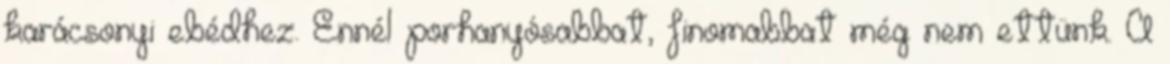
karácsonyi ebédhez. Ennél porhanyósabbat, finomabbat még nem ettünk. A